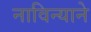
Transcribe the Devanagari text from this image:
नाविन्याने